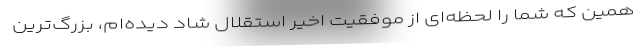
همین که شما را لحظه‌ای از موفقیت اخیر استقلال شاد دیده‌ام، بزرگ‌ترین